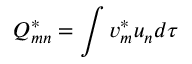
Q _ { m n } ^ { * } = \int v _ { m } ^ { * } u _ { n } d \tau